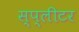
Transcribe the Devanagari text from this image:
स्प्लीटर